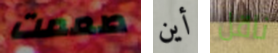
صممت أين ناقل